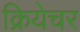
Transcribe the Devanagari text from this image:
क्रियेचर